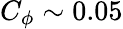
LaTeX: C_{\phi}\sim 0.05